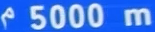
5000 m